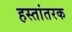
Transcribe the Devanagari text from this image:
हस्तांतरक